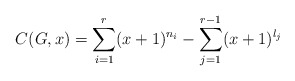
\begin{align*}C(G,x)=\sum_{i=1}^{r}(x+1)^{n_i} - \sum_{j=1}^{r-1}(x+1)^{l_j}\end{align*}